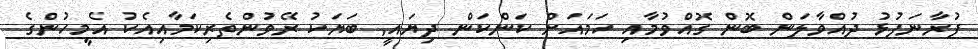
ފުރާނަފުޅު ދުއްވާލަން ބޮން ގޮއްވުމާއި ހަމައަށް ކަންކަން ދިޔައީ